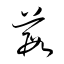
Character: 葭